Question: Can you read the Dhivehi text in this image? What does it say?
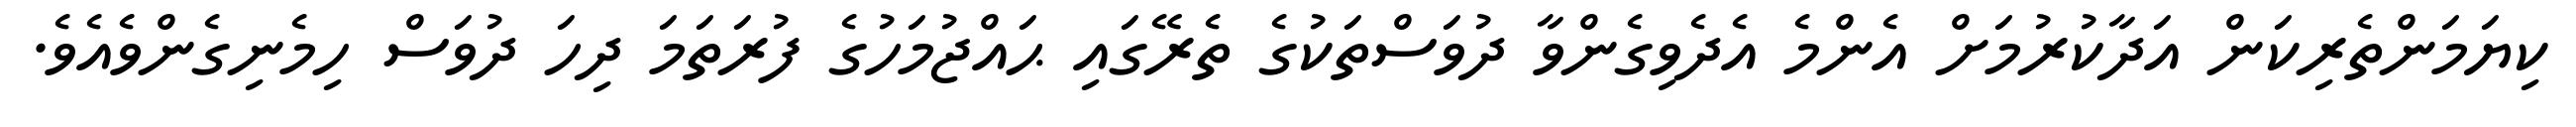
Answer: ކިޔަމަންތެރިކަން އަދާކުރުމަށް އެންމެ އެދެވިގެންވާ ދުވަސްތަކުގެ ތެރޭގައި ޙައްޖުމަހުގެ ފުރަތަމަ ދިހަ ދުވަސް ހިމެނިގެންވެއެވެ.